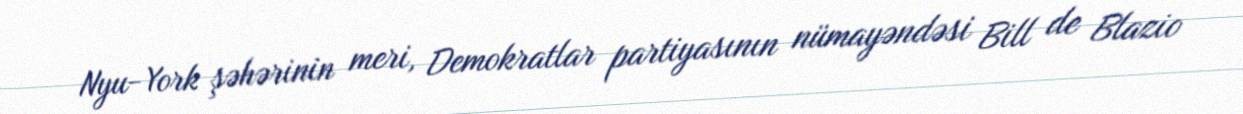
Nyu-York şəhərinin meri, Demokratlar partiyasının nümayəndəsi Bill de Blazio